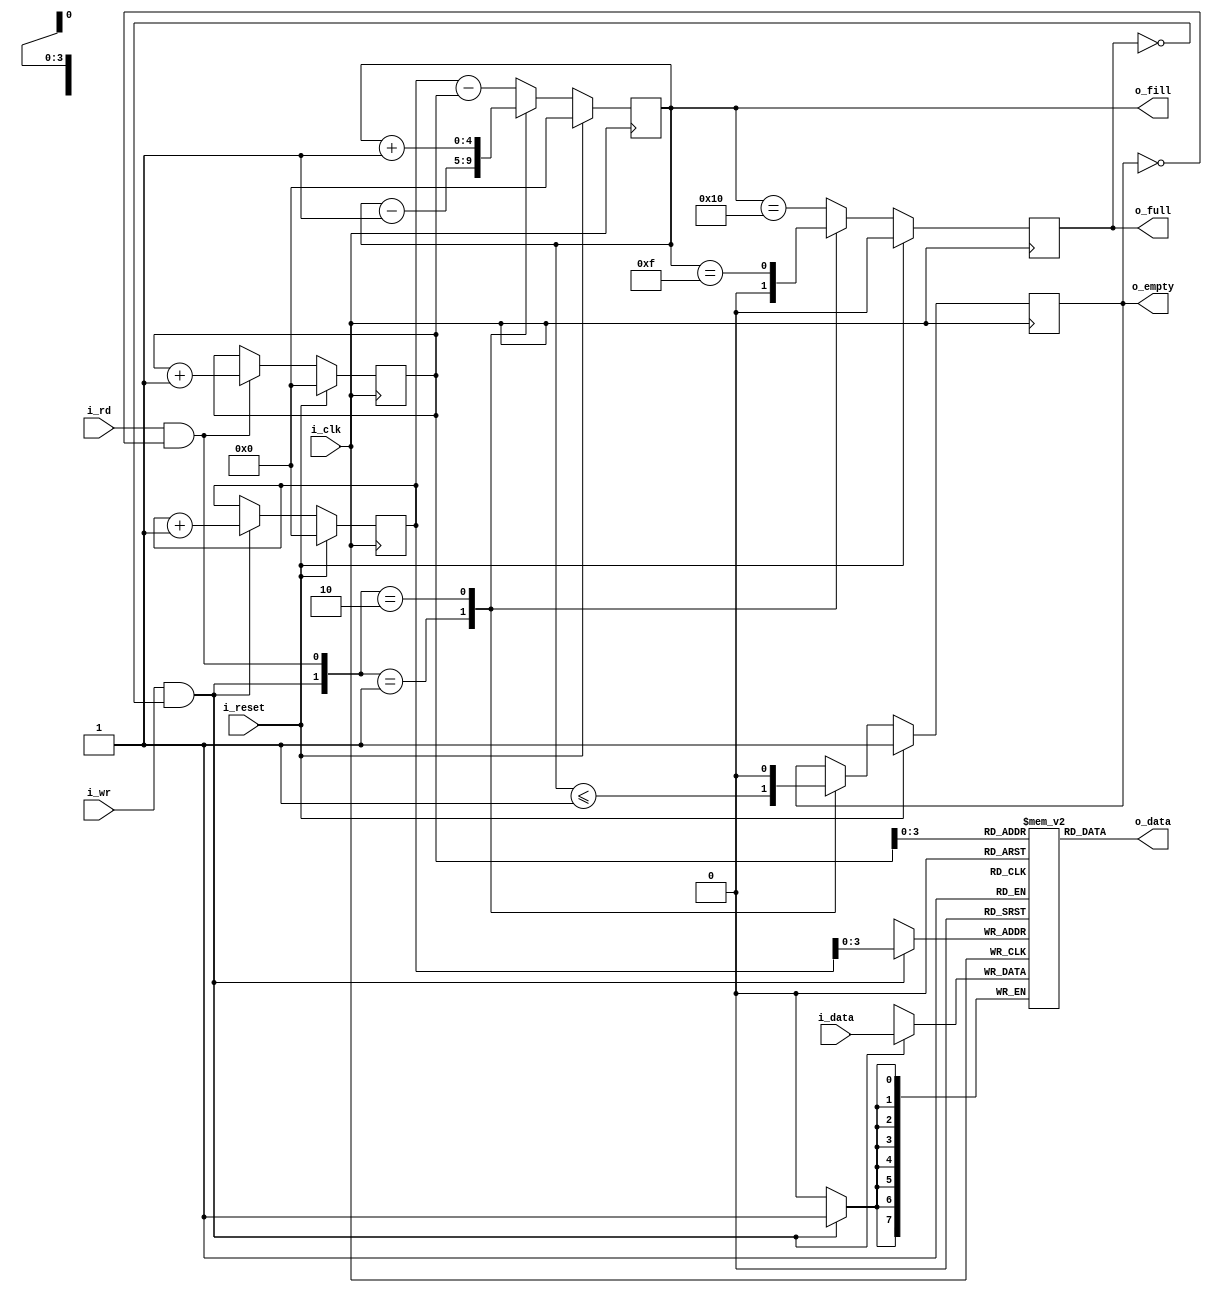
////////////////////////////////////////////////////////////////////////////////
//
// {{{
// Project:	SDR, a basic Soft(Gate)ware Defined Radio architecture
//
// Purpose:	A synchronous data FIFO.
//
// Creator:	Dan Gisselquist, Ph.D.
//		Gisselquist Technology, LLC
//
////////////////////////////////////////////////////////////////////////////////
// }}}
// Copyright (C) 2019-2024, Gisselquist Technology, LLC
// {{{
// This program is free software (firmware): you can redistribute it and/or
// modify it under the terms of the GNU General Public License as published
// by the Free Software Foundation, either version 3 of the License, or (at
// your option) any later version.
//
// This program is distributed in the hope that it will be useful, but WITHOUT
// ANY WARRANTY; without even the implied warranty of MERCHANTIBILITY or
// FITNESS FOR A PARTICULAR PURPOSE.  See the GNU General Public License
// for more details.
//
// You should have received a copy of the GNU General Public License along
// with this program.  (It's in the $(ROOT)/doc directory.  Run make with no
// target there if the PDF file isn't present.)  If not, see
// <http://www.gnu.org/licenses/> for a copy.
//
// License:	GPL, v3, as defined and found on www.gnu.org,
//		http://www.gnu.org/licenses/gpl.html
//
////////////////////////////////////////////////////////////////////////////////
//
`default_nettype	none
// }}}
module sfifo #(
		// {{{
		parameter	BW=8,	// Byte/data width
		parameter 	LGFLEN=4,
		parameter [0:0]	OPT_ASYNC_READ = 1'b1,
		parameter [0:0]	OPT_WRITE_ON_FULL = 1'b0,
		parameter [0:0]	OPT_READ_ON_EMPTY = 1'b0
		// }}}
	) (
		// {{{
		input	wire		i_clk,
		input	wire		i_reset,
		//
		// Write interface
		input	wire		i_wr,
		input	wire [(BW-1):0]	i_data,
		output	wire 		o_full,
		output	reg [LGFLEN:0]	o_fill,
		//
		// Read interface
		input	wire		i_rd,
		output	reg [(BW-1):0]	o_data,
		output	wire		o_empty	// True if FIFO is empty
`ifdef	FORMAL
`ifdef	F_PEEK
		, output wire	[LGFLEN:0]	f_first_addr,
		output	wire	[LGFLEN:0]	f_second_addr,
		output	reg	[BW-1:0]	f_first_data, f_second_data,

		output	reg			f_first_in_fifo,
						f_second_in_fifo,
		output	reg	[LGFLEN:0]	f_distance_to_first,
						f_distance_to_second
`endif
`endif
		// }}}
	);

	// Register/net declarations
	// {{{
	localparam	FLEN=(1<<LGFLEN);
	reg			r_full, r_empty;
	reg	[(BW-1):0]	mem[0:(FLEN-1)];
	reg	[LGFLEN:0]	wr_addr, rd_addr;

	wire	w_wr = (i_wr && !o_full);
	wire	w_rd = (i_rd && !o_empty);
	// }}}
	////////////////////////////////////////////////////////////////////////
	//
	// Write half
	// {{{
	////////////////////////////////////////////////////////////////////////
	//
	//

	// o_fill
	// {{{
	initial	o_fill = 0;
	always @(posedge i_clk)
	if (i_reset)
		o_fill <= 0;
	else case({ w_wr, w_rd })
	2'b01: o_fill <= o_fill - 1;
	2'b10: o_fill <= o_fill + 1;
	default: o_fill <= wr_addr - rd_addr;
	endcase
	// }}}

	// r_full, o_full
	// {{{
	initial	r_full = 0;
	always @(posedge i_clk)
	if (i_reset)
		r_full <= 0;
	else case({ w_wr, w_rd})
	2'b01: r_full <= 1'b0;
	2'b10: r_full <= (o_fill == { 1'b0, {(LGFLEN){1'b1}} });
	default: r_full <= (o_fill == { 1'b1, {(LGFLEN){1'b0}} });
	endcase

	assign	o_full = (i_rd && OPT_WRITE_ON_FULL) ? 1'b0 : r_full;
	// }}}

	// wr_addr, the write address pointer
	// {{{
	initial	wr_addr = 0;
	always @(posedge i_clk)
	if (i_reset)
		wr_addr <= 0;
	else if (w_wr)
		wr_addr <= wr_addr + 1'b1;
	// }}}

	// Write to memory
	// {{{
	always @(posedge i_clk)
	if (w_wr)
		mem[wr_addr[(LGFLEN-1):0]] <= i_data;
	// }}}
	// }}}
	////////////////////////////////////////////////////////////////////////
	//
	// Read half
	// {{{
	////////////////////////////////////////////////////////////////////////
	//
	//

	// rd_addr, the read address pointer
	// {{{
	initial	rd_addr = 0;
	always @(posedge i_clk)
	if (i_reset)
		rd_addr <= 0;
	else if (w_rd)
		rd_addr <= rd_addr + 1;
	// }}}

	// r_empty, o_empty
	// {{{
	initial	r_empty = 1'b1;
	always @(posedge i_clk)
	if (i_reset)
		r_empty <= 1'b1;
	else case ({ w_wr, w_rd })
	2'b01: r_empty <= (o_fill <= 1);
	2'b10: r_empty <= 1'b0;
	default: begin end
	endcase

	assign	o_empty = (OPT_READ_ON_EMPTY && i_wr) ? 1'b0 : r_empty;
	// }}}

	// Read from the FIFO
	// {{{
	generate if (OPT_ASYNC_READ && OPT_READ_ON_EMPTY)
	begin : ASYNCHRONOUS_READ_ON_EMPTY
		// o_data
		// {{{
		always @(*)
		begin
			o_data = mem[rd_addr[LGFLEN-1:0]];
			if (r_empty)
				o_data = i_data;
		end
		// }}}
	end else if (OPT_ASYNC_READ)
	begin : ASYNCHRONOUS_READ
		// o_data
		// {{{
		always @(*)
			o_data = mem[rd_addr[LGFLEN-1:0]];
		// }}}
	end else begin : REGISTERED_READ
		// {{{
		reg		bypass_valid;
		reg [BW-1:0]	bypass_data, rd_data;
		reg [LGFLEN-1:0]	rd_next;

		always @(*)
			rd_next = rd_addr[LGFLEN-1:0] + 1;

		// Memory read, bypassing it if we must
		// {{{
		initial bypass_valid = 0;
		always @(posedge i_clk)
		if (i_reset)
			bypass_valid <= 0;
		else if (r_empty || i_rd)
		begin
			if (!i_wr)
				bypass_valid <= 1'b0;
			else if (r_empty || (i_rd && (o_fill == 1)))
				bypass_valid <= 1'b1;
			else
				bypass_valid <= 1'b0;
		end

		always @(posedge i_clk)
		if (r_empty || i_rd)
			bypass_data <= i_data;

		initial mem[0] = 0;
		initial rd_data = 0;
		always @(posedge i_clk)
		if (w_rd)
			rd_data <= mem[rd_next];

		always @(*)
		if (OPT_READ_ON_EMPTY && r_empty)
			o_data = i_data;
		else if (bypass_valid)
			o_data = bypass_data;
		else
			o_data = rd_data;
		// }}}
		// }}}
	end endgenerate
	// }}}
	// }}}
////////////////////////////////////////////////////////////////////////////////
////////////////////////////////////////////////////////////////////////////////
////////////////////////////////////////////////////////////////////////////////
//
// FORMAL METHODS
// {{{
////////////////////////////////////////////////////////////////////////////////
////////////////////////////////////////////////////////////////////////////////
////////////////////////////////////////////////////////////////////////////////
//
`ifdef	FORMAL

//
// Assumptions about our input(s)
//
//
`ifdef	SFIFO
`define	ASSUME	assume
`else
`define	ASSUME	assert
`endif

	reg			f_past_valid;
	wire	[LGFLEN:0]	f_fill, f_next;
	wire			f_empty;

	initial	f_past_valid = 1'b0;
	always @(posedge i_clk)
		f_past_valid <= 1'b1;

	////////////////////////////////////////////////////////////////////////
	//
	// Assertions about our flags and counters
	// {{{
	////////////////////////////////////////////////////////////////////////
	//
	//

	assign	f_fill = wr_addr - rd_addr;
	assign	f_empty = (wr_addr == rd_addr);
	assign	f_next = rd_addr + 1'b1;

	always @(*)
	begin
		assert(f_fill <= { 1'b1, {(LGFLEN){1'b0}} });
		assert(o_fill == f_fill);

		assert(r_full  == (f_fill == {1'b1, {(LGFLEN){1'b0}} }));
		assert(r_empty == (f_fill == 0));

		if (!OPT_WRITE_ON_FULL)
		begin
			assert(o_full == r_full);
		end else begin
			assert(o_full == (r_full && !i_rd));
		end

		if (!OPT_READ_ON_EMPTY)
		begin
			assert(o_empty == r_empty);
		end else begin
			assert(o_empty == (r_empty && !i_wr));
		end
	end

	always @(posedge i_clk)
	if (!OPT_ASYNC_READ && f_past_valid)
	begin
		if (f_fill == 0)
		begin
			assert(r_empty);
			assert(o_empty || (OPT_READ_ON_EMPTY && i_wr));
		end else if ($past(f_fill)>1)
		begin
			assert(!r_empty);
		end else if ($past(!i_rd && f_fill > 0))
			assert(!r_empty);
	end

	always @(*)
	if (!r_empty)
	begin
		// This also applies for the registered read case
		assert(mem[rd_addr[LGFLEN-1:0]] == o_data);
	end else if (OPT_READ_ON_EMPTY)
		assert(o_data == i_data);

	// }}}
	////////////////////////////////////////////////////////////////////////
	//
	// Formal contract: (Twin write test)
	// {{{
	// If you write two values in succession, you should be able to read
	// those same two values in succession some time later.
	//
	////////////////////////////////////////////////////////////////////////
	//
	//

	// Verilator lint_off UNDRIVEN
	(* anyconst *)	reg	[LGFLEN:0]	fw_first_addr;
	// Verilator lint_on  UNDRIVEN
`ifndef	F_PEEK
			wire	[LGFLEN:0]	f_first_addr;
			wire	[LGFLEN:0]	f_second_addr;
			reg	[BW-1:0]	f_first_data, f_second_data;

	reg	f_first_in_fifo, f_second_in_fifo;
	reg	[LGFLEN:0]	f_distance_to_first, f_distance_to_second;
`endif
	reg	f_first_addr_in_fifo, f_second_addr_in_fifo;

	assign f_first_addr  = fw_first_addr;
	assign f_second_addr = f_first_addr + 1;

	always @(*)
	begin
		f_distance_to_first = (f_first_addr - rd_addr);
		f_first_addr_in_fifo = 0;
		if ((f_fill != 0) && (f_distance_to_first < f_fill))
			f_first_addr_in_fifo = 1;
	end

	always @(*)
	begin
		f_distance_to_second = (f_second_addr - rd_addr);
		f_second_addr_in_fifo = 0;
		if ((f_fill != 0) && (f_distance_to_second < f_fill))
			f_second_addr_in_fifo = 1;
	end

	always @(posedge i_clk)
	if (w_wr && wr_addr == f_first_addr)
		f_first_data <= i_data;

	always @(posedge i_clk)
	if (w_wr && wr_addr == f_second_addr)
		f_second_data <= i_data;

	always @(*)
	if (f_first_addr_in_fifo)
		assert(mem[f_first_addr[LGFLEN-1:0]] == f_first_data);
	always @(*)
		f_first_in_fifo = (f_first_addr_in_fifo && (mem[f_first_addr[LGFLEN-1:0]] == f_first_data));

	always @(*)
	if (f_second_addr_in_fifo)
		assert(mem[f_second_addr[LGFLEN-1:0]] == f_second_data);

	always @(*)
		f_second_in_fifo = (f_second_addr_in_fifo && (mem[f_second_addr[LGFLEN-1:0]] == f_second_data));

	always @(*)
	if (f_first_in_fifo && (o_fill == 1 || f_distance_to_first == 0))
		assert(o_data == f_first_data);

	always @(*)
	if (f_second_in_fifo && (o_fill == 1 || f_distance_to_second == 0))
		assert(o_data == f_second_data);

	always @(posedge i_clk)
	if (f_past_valid && !$past(i_reset))
	begin
		case({$past(f_first_in_fifo), $past(f_second_in_fifo)})
		2'b00: begin
				if ($past(w_wr && (!w_rd || !r_empty))
					&&($past(wr_addr == f_first_addr)))
				begin
					assert(f_first_in_fifo);
				end else begin
					assert(!f_first_in_fifo);
				end
				//
				// The second could be in the FIFO, since
				// one might write other data than f_first_data
				//
				// assert(!f_second_in_fifo);
			end
		2'b01: begin
				assert(!f_first_in_fifo);
				if ($past(w_rd && (rd_addr==f_second_addr)))
				begin
					assert((o_empty&&!OPT_ASYNC_READ)||!f_second_in_fifo);
				end else begin
					assert(f_second_in_fifo);
				end
			end
		2'b10: begin
				if ($past(w_wr)
					&&($past(wr_addr == f_second_addr)))
				begin
					assert(f_second_in_fifo);
				end else begin
					assert(!f_second_in_fifo);
				end
				if ($past(!w_rd ||(rd_addr != f_first_addr)))
					assert(f_first_in_fifo);
			end
		2'b11: begin
				assert(f_second_in_fifo);
				if ($past(!w_rd ||(rd_addr != f_first_addr)))
				begin
					assert(f_first_in_fifo);
					if (rd_addr == f_first_addr)
						assert(o_data == f_first_data);
				end else begin
					assert(!f_first_in_fifo);
					assert(o_data == f_second_data);
				end
			end
		endcase
	end
	// }}}
	////////////////////////////////////////////////////////////////////////
	//
	//	Cover properties
	// {{{
	////////////////////////////////////////////////////////////////////////
	//
	//
`ifdef	SFIFO
	reg	f_was_full;
	initial	f_was_full = 0;
	always @(posedge i_clk)
	if (o_full)
		f_was_full <= 1;

	always @(posedge i_clk)
		cover($fell(f_empty));

	always @(posedge i_clk)
		cover($fell(o_empty));

	always @(posedge i_clk)
		cover(f_was_full && f_empty);

	always @(posedge i_clk)
		cover($past(o_full,2)&&(!$past(o_full))&&(o_full));

	always @(posedge i_clk)
	if (f_past_valid)
		cover($past(o_empty,2)&&(!$past(o_empty))&& o_empty);
`endif
	// }}}

	// Make Verilator happy
	// Verilator lint_off UNUSED
	wire	unused_formal;
	assign	unused_formal = &{ 1'b0, f_next[LGFLEN], f_empty };
	// Verilator lint_on  UNUSED
`endif // FORMAL
// }}}
endmodule
`ifndef	YOSYS
`default_nettype wire
`endif